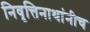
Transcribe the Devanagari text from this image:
निवृत्तिनाथांनीच